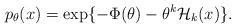
LaTeX: \begin{align*}p_\theta(x) = \exp\{ -\Phi(\theta) - \theta^k \mathcal{H}_k(x) \}.\end{align*}